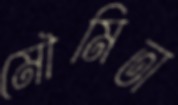
মৌমিতা